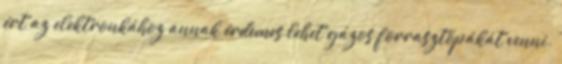
ért az elektronkához annak érdemes lehet gázos forrasztópákát venni.